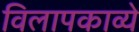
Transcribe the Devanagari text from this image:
विलापकाव्ये